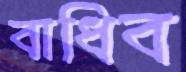
বাধিব